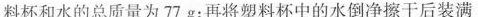
料杯中装满水，测出塑料杯和水的总质量为77g；再将塑料杯中的水倒净擦干后装满